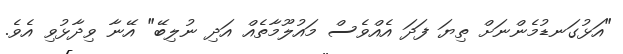
"އަޅުގަނޑުމެންނަށް ތިޔަ ފަދަ އެއްވެސް މައުލޫމާތެއް އަދި ނުލިބޭ" އޭނާ ވިދާޅުވި އެވެ.